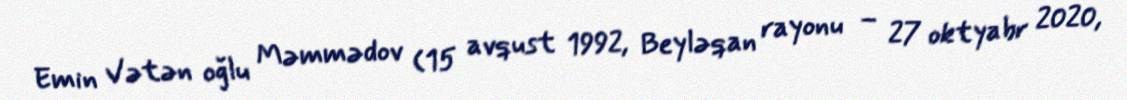
Emin Vətən oğlu Məmmədov (15 avqust 1992, Beyləqan rayonu – 27 oktyabr 2020,